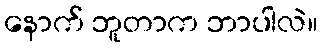
နောက် ဘူတာက ဘာပါလဲ။